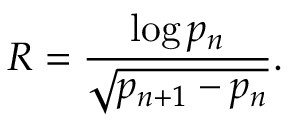
R = { \frac { \log p _ { n } } { \sqrt { p _ { n + 1 } - p _ { n } } } } .